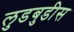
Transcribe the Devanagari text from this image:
लुडबुडीस